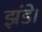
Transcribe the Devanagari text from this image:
झंडे।